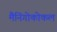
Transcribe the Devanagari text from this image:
मैनिंगोकोकल